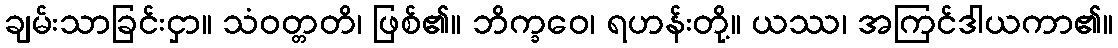
ချမ်းသာခြင်းငှာ။ သံဝတ္တတိ၊ ဖြစ်၏။ ဘိက္ခဝေ၊ ရဟန်းတို့။ ယဿ၊ အကြင်ဒါယကာ၏။